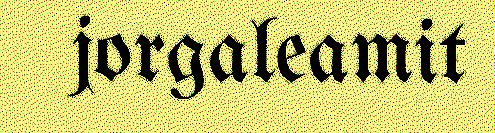
jorgaleamit